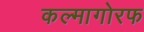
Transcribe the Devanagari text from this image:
कल्मागोरफ